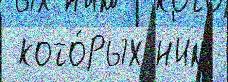
 кото́рых н'им